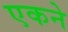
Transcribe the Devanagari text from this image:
एकने